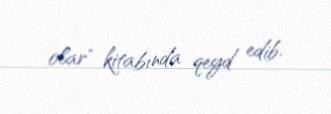
olar" kitabında qeyd edib.